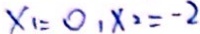
x _ { 1 } = 0 , x _ { 2 } = - 2